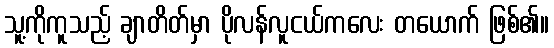
သူ့ကိုကူသည့် ချာတိတ်မှာ ပိုလန်လူငယ်ကလေး တယောက် ဖြစ်၏။